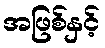
အဖြစ်နှင့်